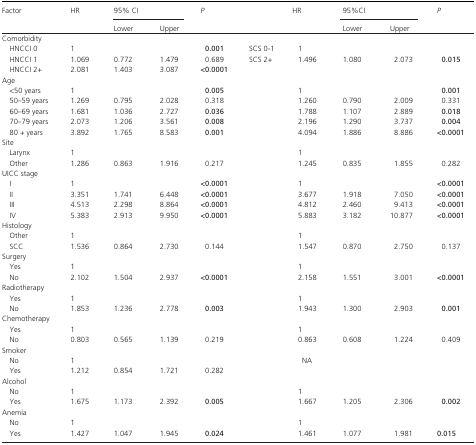
<table><thead><tr><td><b>Factor</b></td><td><b>HR</b></td><td colspan="2"><b>95% CI</b></td><td><b><i>P</i></b></td><td></td><td><b>HR</b></td><td colspan="2"><b>95%CI</b></td><td><b><i>P</i></b></td></tr><tr><td></td><td></td><td><b>Lower</b></td><td><b>Upper</b></td><td></td><td></td><td></td><td><b>Lower</b></td><td><b>Upper</b></td><td></td></tr></thead><tbody><tr><td colspan="10">Comorbidity</td></tr><tr><td>HNCCI 0</td><td>1</td><td></td><td></td><td><b>0.001</b></td><td>SCS 0‐1</td><td>1</td><td></td><td></td><td></td></tr><tr><td>HNCCI 1</td><td>1.069</td><td>0.772</td><td>1.479</td><td>0.689</td><td>SCS 2+</td><td>1.496</td><td>1.080</td><td>2.073</td><td><b>0.015</b></td></tr><tr><td>HNCCI 2+</td><td>2.081</td><td>1.403</td><td>3.087</td><td><b>&lt;0.0001</b></td><td></td><td></td><td></td><td></td><td></td></tr><tr><td colspan="10">Age</td></tr><tr><td>&lt;50 years</td><td>1</td><td></td><td></td><td><b>0.005</b></td><td></td><td>1</td><td></td><td></td><td><b>0.001</b></td></tr><tr><td>50–59 years</td><td>1.269</td><td>0.795</td><td>2.028</td><td>0.318</td><td></td><td>1.260</td><td>0.790</td><td>2.009</td><td>0.331</td></tr><tr><td>60–69 years</td><td>1.681</td><td>1.036</td><td>2.727</td><td><b>0.036</b></td><td></td><td>1.788</td><td>1.107</td><td>2.889</td><td><b>0.018</b></td></tr><tr><td>70–79 years</td><td>2.073</td><td>1.206</td><td>3.561</td><td><b>0.008</b></td><td></td><td>2.196</td><td>1.290</td><td>3.737</td><td><b>0.004</b></td></tr><tr><td>80 + years</td><td>3.892</td><td>1.765</td><td>8.583</td><td><b>0.001</b></td><td></td><td>4.094</td><td>1.886</td><td>8.886</td><td><b>&lt;0.0001</b></td></tr><tr><td colspan="10">Site</td></tr><tr><td>Larynx</td><td>1</td><td></td><td></td><td></td><td></td><td>1</td><td></td><td></td><td></td></tr><tr><td>Other</td><td>1.286</td><td>0.863</td><td>1.916</td><td>0.217</td><td></td><td>1.245</td><td>0.835</td><td>1.855</td><td>0.282</td></tr><tr><td colspan="10">UICC stage</td></tr><tr><td>I</td><td>1</td><td></td><td></td><td><b>&lt;0.0001</b></td><td></td><td>1</td><td></td><td></td><td><b>&lt;0.0001</b></td></tr><tr><td>II</td><td>3.351</td><td>1.741</td><td>6.448</td><td><b>&lt;0.0001</b></td><td></td><td>3.677</td><td>1.918</td><td>7.050</td><td><b>&lt;0.0001</b></td></tr><tr><td>III</td><td>4.513</td><td>2.298</td><td>8.864</td><td><b>&lt;0.0001</b></td><td></td><td>4.812</td><td>2.460</td><td>9.413</td><td><b>&lt;0.0001</b></td></tr><tr><td>IV</td><td>5.383</td><td>2.913</td><td>9.950</td><td><b>&lt;0.0001</b></td><td></td><td>5.883</td><td>3.182</td><td>10.877</td><td><b>&lt;0.0001</b></td></tr><tr><td colspan="10">Histology</td></tr><tr><td>Other</td><td>1</td><td></td><td></td><td></td><td></td><td>1</td><td></td><td></td><td></td></tr><tr><td>SCC</td><td>1.536</td><td>0.864</td><td>2.730</td><td>0.144</td><td></td><td>1.547</td><td>0.870</td><td>2.750</td><td>0.137</td></tr><tr><td colspan="10">Surgery</td></tr><tr><td>Yes</td><td>1</td><td></td><td></td><td></td><td></td><td>1</td><td></td><td></td><td></td></tr><tr><td>No</td><td>2.102</td><td>1.504</td><td>2.937</td><td><b>&lt;0.0001</b></td><td></td><td>2.158</td><td>1.551</td><td>3.001</td><td><b>&lt;0.0001</b></td></tr><tr><td colspan="10">Radiotherapy</td></tr><tr><td>Yes</td><td>1</td><td></td><td></td><td></td><td></td><td>1</td><td></td><td></td><td></td></tr><tr><td>No</td><td>1.853</td><td>1.236</td><td>2.778</td><td><b>0.003</b></td><td></td><td>1.943</td><td>1.300</td><td>2.903</td><td><b>0.001</b></td></tr><tr><td colspan="10">Chemotherapy</td></tr><tr><td>Yes</td><td>1</td><td></td><td></td><td></td><td></td><td>1</td><td></td><td></td><td></td></tr><tr><td>No</td><td>0.803</td><td>0.565</td><td>1.139</td><td>0.219</td><td></td><td>0.863</td><td>0.608</td><td>1.224</td><td>0.409</td></tr><tr><td colspan="10">Smoker</td></tr><tr><td>No</td><td>1</td><td></td><td></td><td></td><td></td><td>NA</td><td></td><td></td><td></td></tr><tr><td>Yes</td><td>1.212</td><td>0.854</td><td>1.721</td><td>0.282</td><td></td><td></td><td></td><td></td><td></td></tr><tr><td colspan="10">Alcohol</td></tr><tr><td>No</td><td>1</td><td></td><td></td><td></td><td></td><td>1</td><td></td><td></td><td></td></tr><tr><td>Yes</td><td>1.675</td><td>1.173</td><td>2.392</td><td><b>0.005</b></td><td></td><td>1.667</td><td>1.205</td><td>2.306</td><td><b>0.002</b></td></tr><tr><td colspan="10">Anemia</td></tr><tr><td>No</td><td>1</td><td></td><td></td><td></td><td></td><td>1</td><td></td><td></td><td></td></tr><tr><td>Yes</td><td>1.427</td><td>1.047</td><td>1.945</td><td><b>0.024</b></td><td></td><td>1.461</td><td>1.077</td><td>1.981</td><td><b>0.015</b></td></tr></tbody></table>